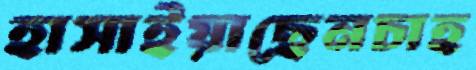
হাসাইয়াছেনচাহ